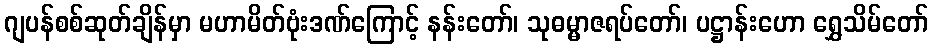
ဂျပန်စစ်ဆုတ်ချိန်မှာ မဟာမိတ်ဗုံးဒဏ်ကြောင့် နန်းတော်၊ သုဓမ္မာဇရပ်တော်၊ ပဋ္ဌာန်းဟော ရွှေသိမ်တော်